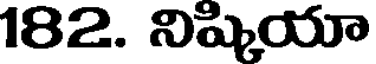
182. నిష్కియా